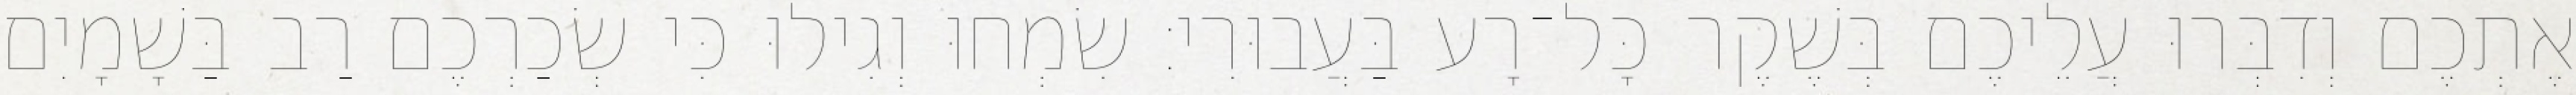
אֶתְכֶם וְדִבְּרוּ עֲלֵיכֶם בְּשֶׁקֶר כָּל־רָע בַּעֲבוּרִי׃ שִׂמְחוּ וְגִילוּ כִּי שְׂכַרְכֶם רַב בַּשָׁמָיִם